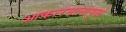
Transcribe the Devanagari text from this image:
आकारमानामुळे